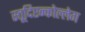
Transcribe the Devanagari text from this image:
स्तूदिएन्कोल्लेग